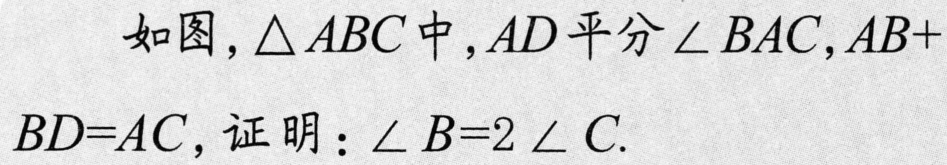
如图，\(\triangle ABC\)中，\(AD\)平分\(\angle BAC\)，\(AB + BD = AC\)，证明：\(\angle B = 2\angle C\).